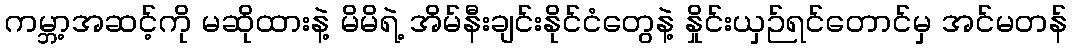
ကမ္ဘာ့အဆင့်ကို မဆိုထားနဲ့ မိမိရဲ့ အိမ်နီးချင်းနိုင်ငံတွေနဲ့ နှိုင်းယှဉ်ရင်တောင်မှ အင်မတန်